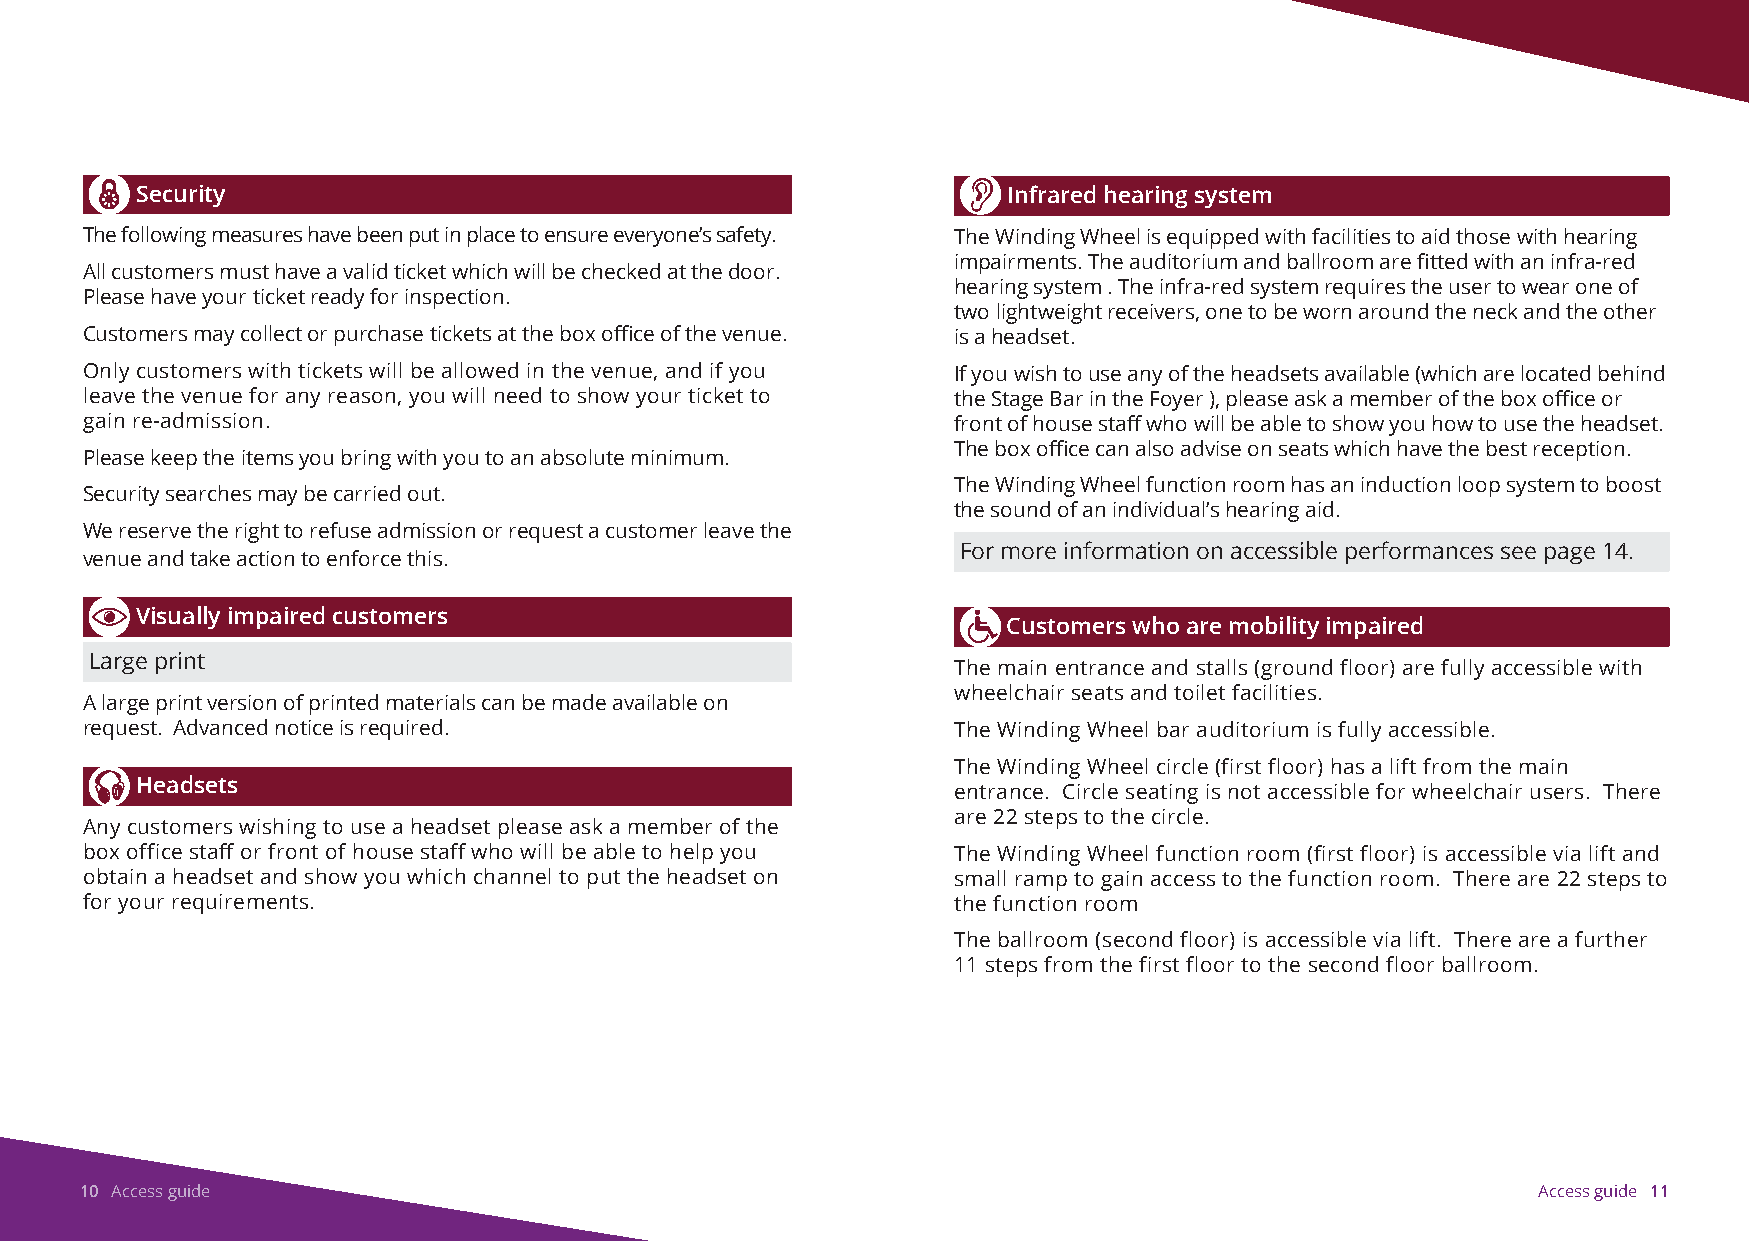
Security                                                  Infrared hearing system
 The following measures have been put in place to ensure everyone’s safety. The Winding Wheel is equipped with facilities to aid those with hearing
 impairments. The auditorium and ballroom are fitted with an infra-red
 All customers must have a valid ticket which will be checked at the door.
 hearing system . The infra-red system requires the user to wear one of
 Please have your ticket ready for inspection.
 two lightweight receivers, one to be worn around the neck and the other
 Customers may collect or purchase tickets at the box office of the venue. is a headset.
 Only customers with tickets will be allowed in the venue, and if you If you wish to use any of the headsets available (which are located behind
 leave the venue for any reason, you will need to show your ticket to the Stage Bar in the Foyer ), please ask a member of the box office or
 gain re-admission.                                        front of house staff who will be able to show you how to use the headset.
 The box office can also advise on seats which have the best reception.
 Please keep the items you bring with you to an absolute minimum.
 The Winding Wheel function room has an induction loop system to boost
 Security searches may be carried out.
 the sound of an individual’s hearing aid.
 We reserve the right to refuse admission or request a customer leave the
 For more information on accessible performances see page 14.
 venue and take action to enforce this.
 Visually impaired customers
 Customers who are mobility impaired
 Large print
 The main entrance and stalls (ground floor) are fully accessible with
 wheelchair seats and toilet facilities.
 A large print version of printed materials can be made available on
 request. Advanced notice is required.                     The Winding Wheel bar auditorium is fully accessible.
 The Winding Wheel circle (first floor) has a lift from the main
 Headsets
 entrance. Circle seating is not accessible for wheelchair users. There
 are 22 steps to the circle.
 Any customers wishing to use a headset please ask a member of the
 box office staff or front of house staff who will be able to help you The Winding Wheel function room (first floor) is accessible via lift and
 obtain a headset and show you which channel to put the headset on small ramp to gain access to the function room. There are 22 steps to
 for your requirements.                                    the function room
 The ballroom (second floor) is accessible via lift. There are a further
 11 steps from the first floor to the second floor ballroom.
 10 Access guide                                                                                  Access guide 11